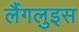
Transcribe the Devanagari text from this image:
लैंगलुइस